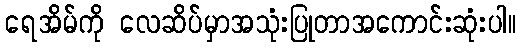
ရေအိမ်ကို လေဆိပ်မှာအသုံးပြုတာအကောင်းဆုံးပါ။